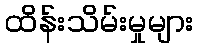
ထိန်းသိမ်းမှုများ